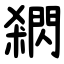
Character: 閷